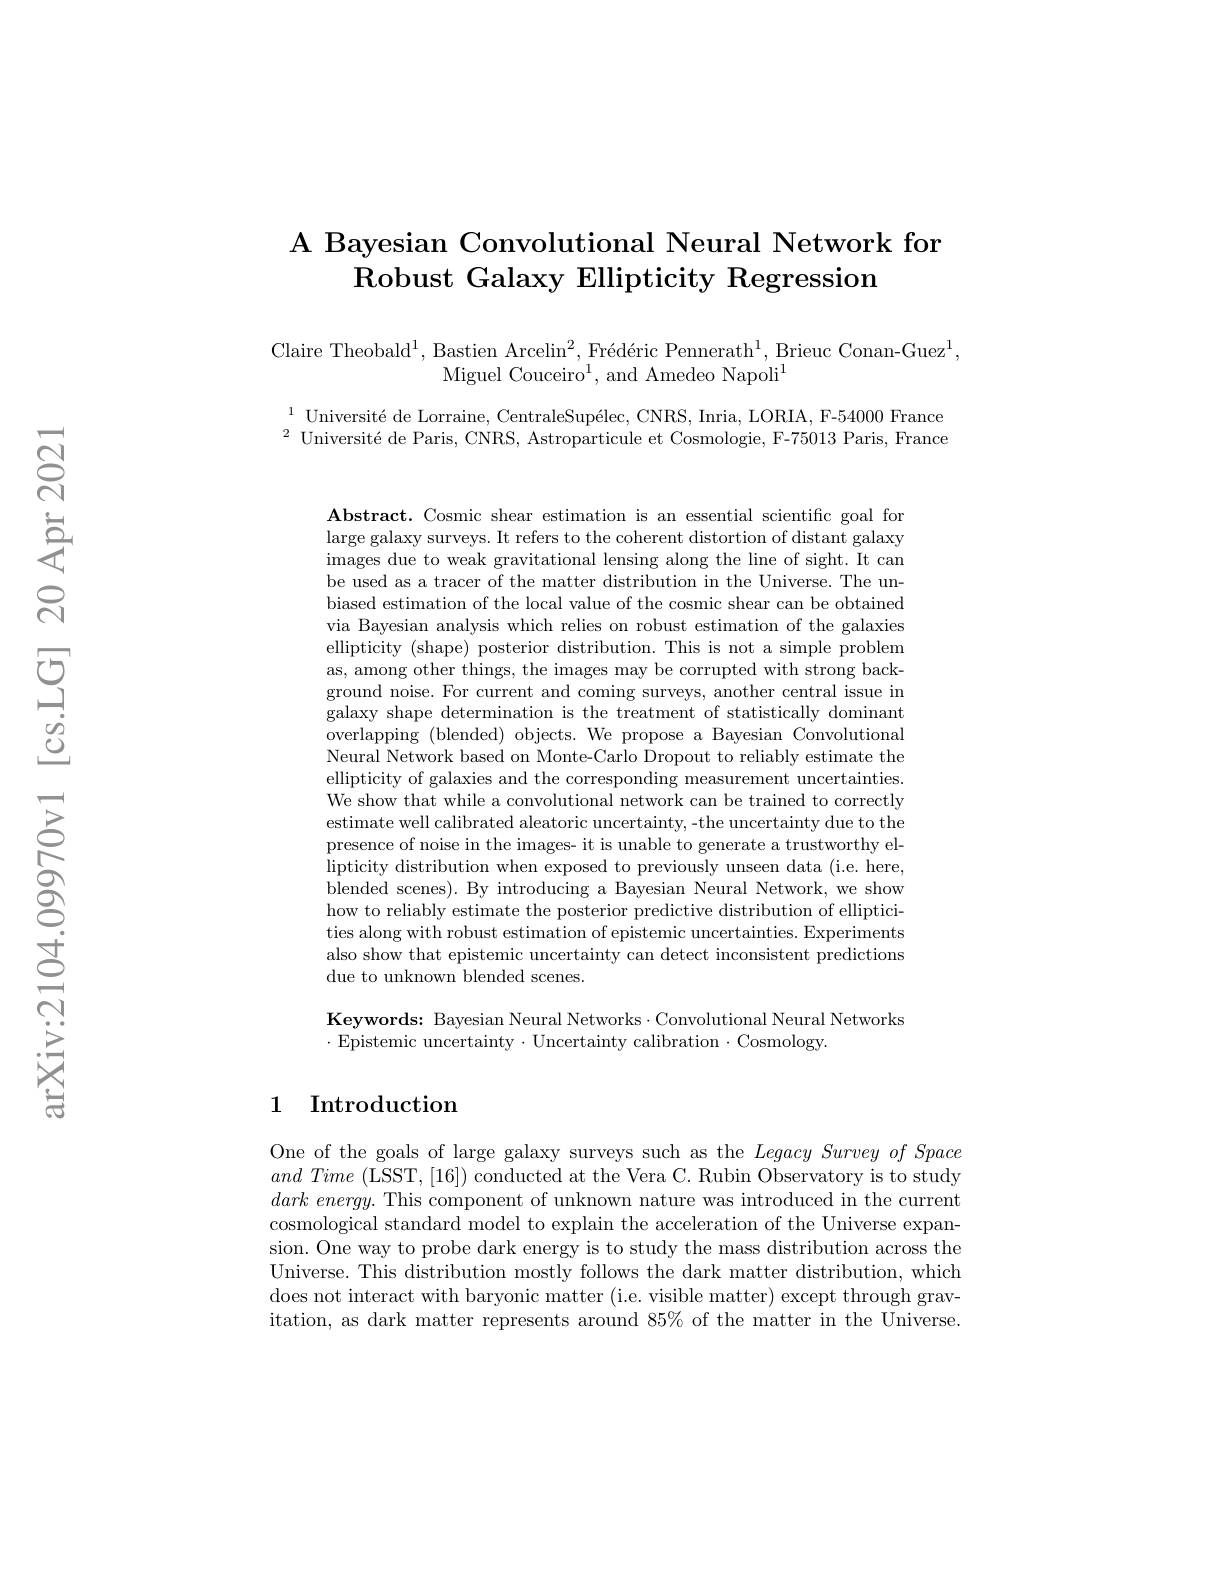
## A Bayesian Convolutional Neural Network for Robust Galaxy Ellipticity Regression

Claire Theobald$^1$, Bastien Arcelin$^2,\text{Fr\'{e}d\'{e}ricPennerath}^1$, Brieuc Conan-Guez$^1$,
Miguel Couceiro$^1$, and Amedeo Napoli$^1$

$^{1}\text{ Universit\' {e}deLorraine, CentraleSup\' {e}lec, CNRS, Inria, LORIA, F- 54000France}$ $^2\text{ Universit\' {e}deParis, CNRS, Astroparticule et Cosmologie, F- 75013 Paris, France}$

$\textbf{Abstract. Cosmic shear estimation is an essential scientific goal for}$ large galaxy surveys. It refers to the coherent distortion of distant galaxy images due to weak gravitational lensing along the line of sight. It can be used as a tracer of the matter distribution in the Universe. The unbiased estimation of the local value of the cosmic shear can be obtained via Bayesian analysis which relies on robust estimation of the galaxies ellipticity (shape) posterior distribution. This is not a simple problem as, among other things, the images may be corrupted with strong background noise. For current and coming surveys, another central issue in galaxy shape determination is the treatment of statistically dominant overlapping (blended) objects. We propose a Bayesian Convolutional Neural Network based on Monte-Carlo Dropout to reliably estimate the ellipticity of galaxies and the corresponding measurement uncertainties We show that while a convolutional network can be trained to correctly estimate well calibrated aleatoric uncertainty, -the uncertainty due to the presence of noise in the images- it is unable to generate a trustworthy ellipticity distribution when exposed to previously unseen data (i.e. here, blended scenes). By introducing a Bayesian Neural Network, we show how to reliably estimate the posterior predictive distribution of ellipticities along with robust estimation of epistemic uncertainties. Experiments also show that epistemic uncertainty can detect inconsistent predictions due to unknown blended scenes.

Keywords: Bayesian Neural Networks·Convolutional Neural Networks
$\cdot$Epistemic uncertainty$\cdot$Uncertainty calibration$\cdot$Cosmology.

## 1 Introduction

One of the goals of large galaxy surveys such as the $Legacy\textit{Survey of Space}$ $and\textit{ Time ( LSST, [ 16] ) conducted at the Vera C. Rubin Observatory is to study}$ $dark\textit{ energy. This component of unknown nature was introduced in the current}$ cosmological standard model to explain the acceleration of the Universe expansion. One way to probe dark energy is to study the mass distribution across the Universe. This distribution mostly follows the dark matter distribution, which does not interact with baryonic matter (i.e. visible matter) except through gravitation, as dark matter represents around 85% of the matter in the Universe.